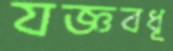
যজ্ঞবধূ